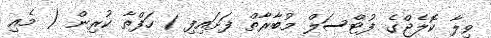
ވިލާ ކޮލެޖްގެ ފުޓްސަލް މުބާރާތް ފަށައިފި 1 ހަފްތާ ކުރިން ( މެއި